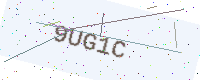
Text: 9UG1C